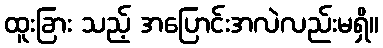
ထူးခြား သည့် အပြောင်းအလဲလည်းမရှိ။